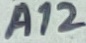
Text: A12